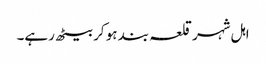
اہل شہر قلعہ بند ہو کر بیٹھ رہے۔